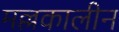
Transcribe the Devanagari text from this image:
मल्लकालीन